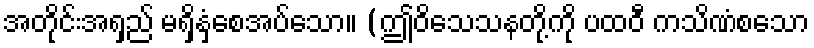
အတိုင်းအရှည် မရှိနှံ့စေအပ်သော။ (ဤဝိသေသနတို့ကို ပထဝီ ကသိဏံစသော